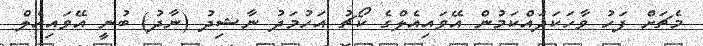
މެޗަށް ފަހު ވާހަކަދައްކަމުން އޭވައިއެލްގެ ކޯޗު އަހުމަދު ނާޝިދު (ނާދު) ބުނީ އޭވައިއެލް